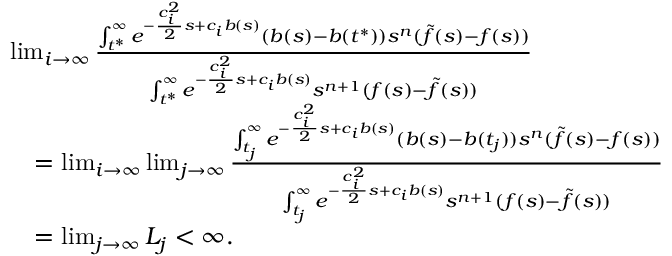
\begin{array} { r l } & { \operatorname* { l i m } _ { i \to \infty } \frac { \int _ { t ^ { \ast } } ^ { \infty } e ^ { - \frac { c _ { i } ^ { 2 } } { 2 } s + c _ { i } b ( s ) } ( b ( s ) - b ( t ^ { \ast } ) ) s ^ { n } ( \tilde { f } ( s ) - f ( s ) ) \d s } { \int _ { t ^ { \ast } } ^ { \infty } e ^ { - \frac { c _ { i } ^ { 2 } } { 2 } s + c _ { i } b ( s ) } s ^ { n + 1 } ( f ( s ) - \tilde { f } ( s ) ) \d s } } \\ & { \quad = \operatorname* { l i m } _ { i \to \infty } \operatorname* { l i m } _ { j \to \infty } \frac { \int _ { t _ { j } } ^ { \infty } e ^ { - \frac { c _ { i } ^ { 2 } } { 2 } s + c _ { i } b ( s ) } ( b ( s ) - b ( t _ { j } ) ) s ^ { n } ( \tilde { f } ( s ) - f ( s ) ) \d s } { \int _ { t _ { j } } ^ { \infty } e ^ { - \frac { c _ { i } ^ { 2 } } { 2 } s + c _ { i } b ( s ) } s ^ { n + 1 } ( f ( s ) - \tilde { f } ( s ) ) \d s } } \\ & { \quad = \operatorname* { l i m } _ { j \to \infty } L _ { j } < \infty . } \end{array}